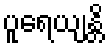
ပူရေယျန္တိ